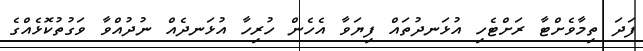
ފަދަ ތިމާވެށްޓާ ރަށްޓެހި އުޅަނދުތައް ފިޔަވާ އެހެން ހުރިހާ އުޅަނދެއް ނުދުއްވާ ވަގުތުކޮޅެއްގެ